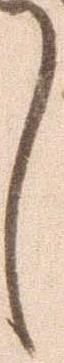
し